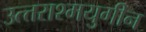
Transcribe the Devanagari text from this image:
उत्त्तराश्मयुगीन